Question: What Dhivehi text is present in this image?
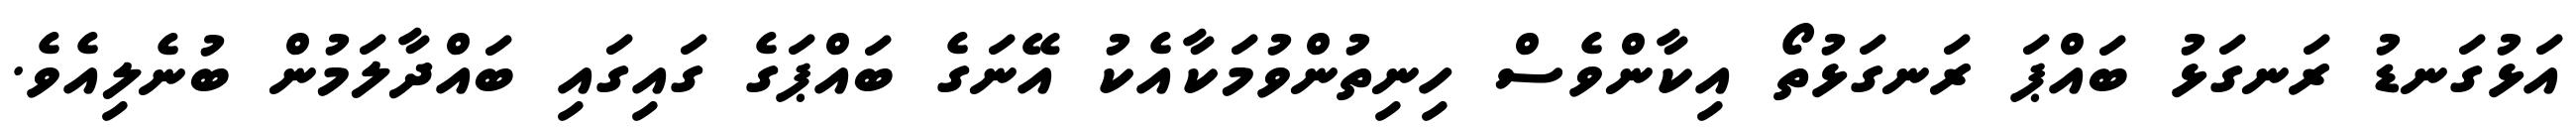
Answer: އަޅުގަނޑު ރަނގަޅު ބައްޕަ ރަނގަޅުތޯ އިކާންވެސް ހިނިތުންވުމަކާއެކު އޭނަގެ ބައްޕަގެ ގައިގައި ބައްދާލަމުން ބުނެލިއެވެ.